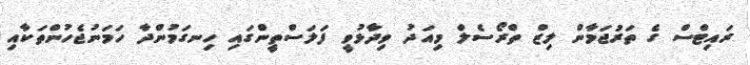
ރައިޓްސް ގެ ތަރުޖަމާން ލިޒް ތްރޯސެލް މިއަދު ވިދާޅުވީ ފަލަސްތީންގައި ހިނގަމުންދާ ހަމަނުޖެހުންތަކާއި